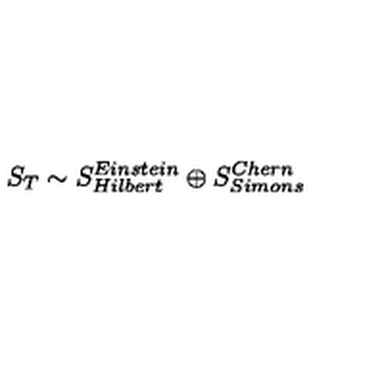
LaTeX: S _ { T } \sim S _ { H i l b e r t } ^ { E i n s t e i n } \oplus S _ { S i m o n s } ^ { C h e r n }